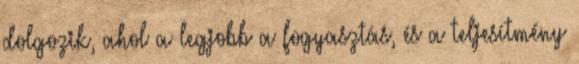
dolgozik, ahol a legjobb a fogyasztás, és a teljesítmény